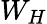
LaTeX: W_{H}